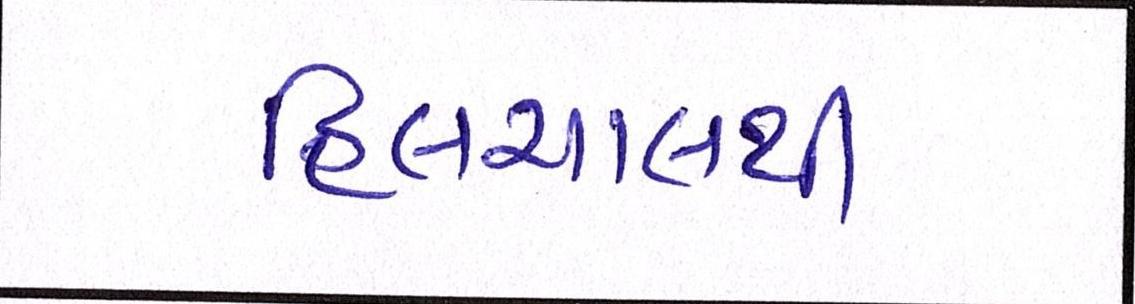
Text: હિલચાલથી